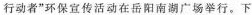
行动者”环保宣传活动在岳阳南湖广场举行。下